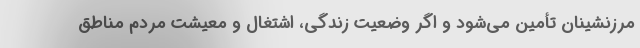
مرزنشینان تأمین می‌شود و اگر وضعیت زندگی، اشتغال و معیشت مردم مناطق